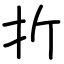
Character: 折